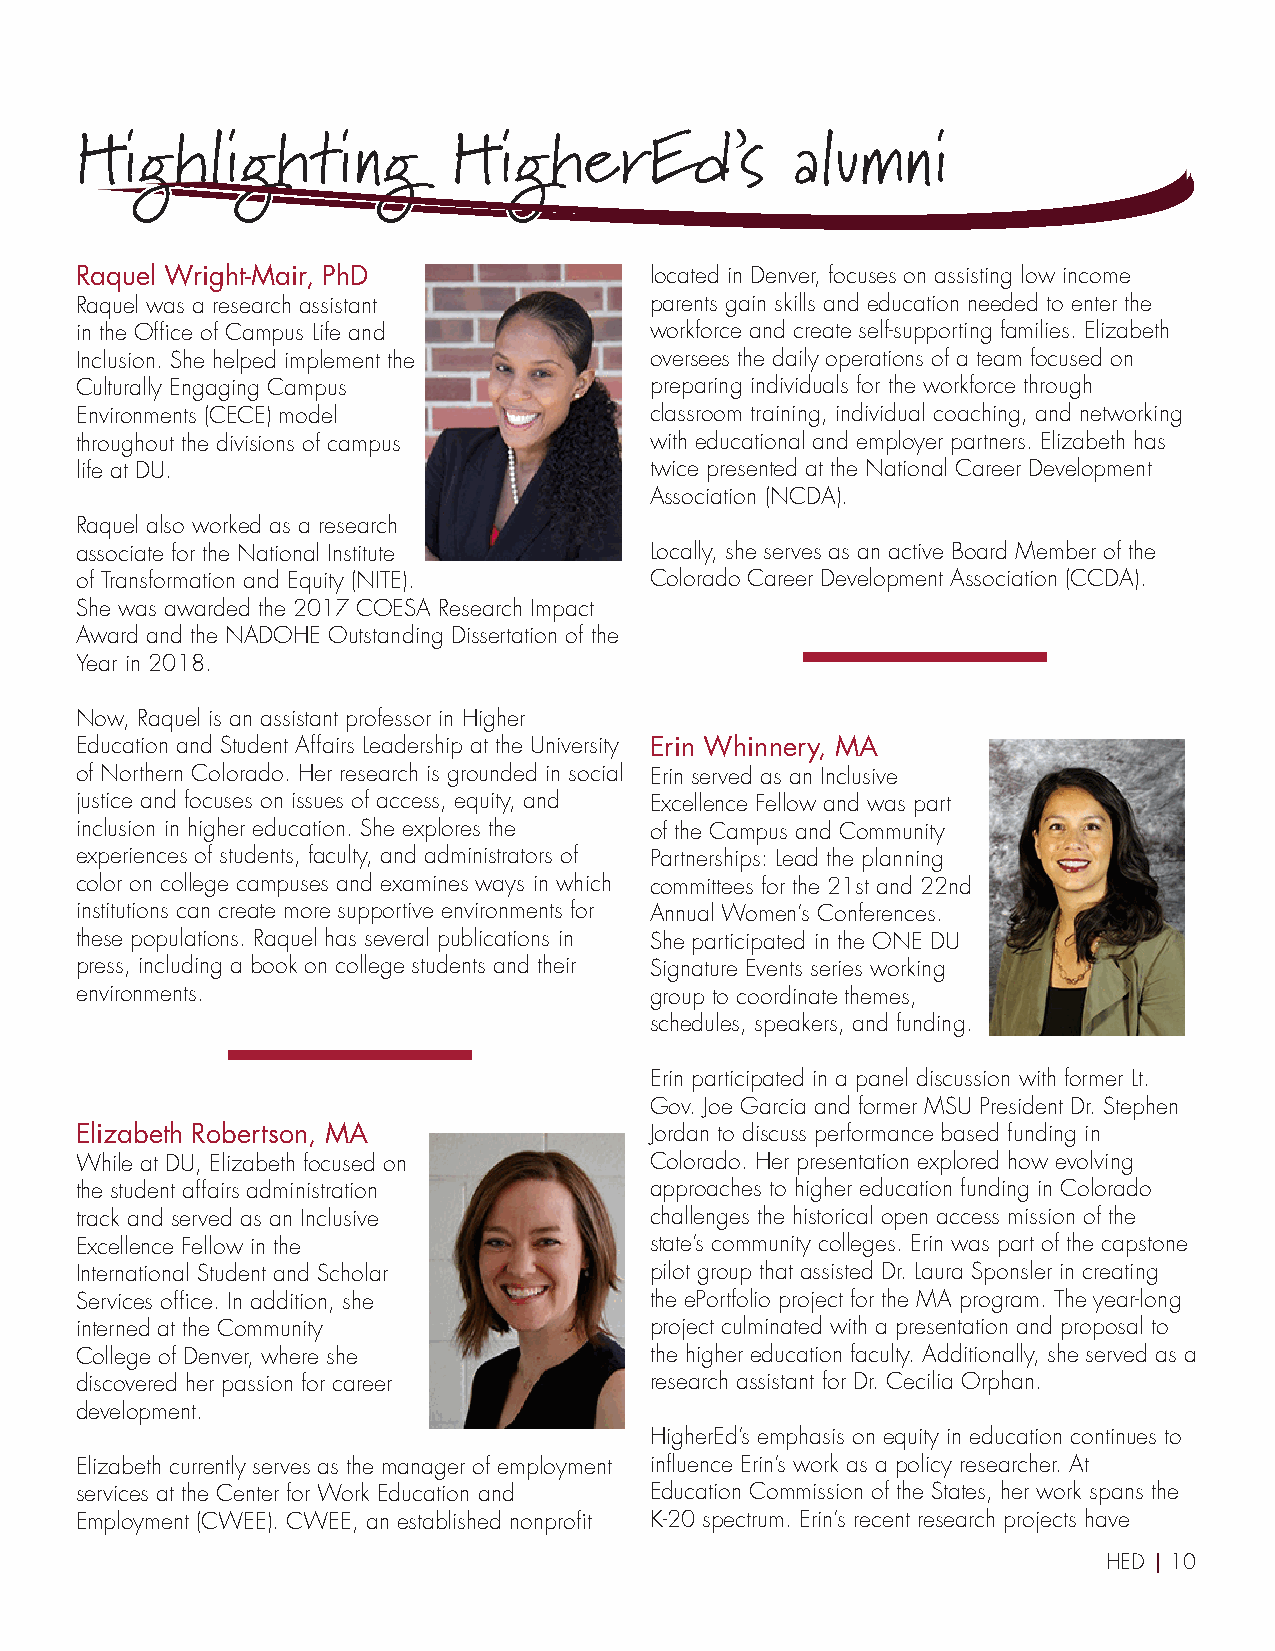
Highlighting             HigherEd’s            alumni
 Raquel Wright-Mair, PhD               located in Denver, focuses on assisting low income
 Raquel was a research assistant       parents gain skills and education needed to enter the
 in the Office of Campus Life and      workforce and create self-supporting families. Elizabeth
 Inclusion. She helped implement the   oversees the daily operations of a team focused on
 Culturally Engaging Campus            preparing individuals for the workforce through
 Environments (CECE) model             classroom training, individual coaching, and networking
 throughout the divisions of campus    with educational and employer partners. Elizabeth has
 life at DU.                           twice presented at the National Career Development
 Association (NCDA).
 Raquel also worked as a research
 associate for the National Institute  Locally, she serves as an active Board Member of the
 of Transformation and Equity (NITE).  Colorado Career Development Association (CCDA).
 She was awarded the 2017 COESA Research Impact
 Award and the NADOHE Outstanding Dissertation of the
 Year in 2018.
 Now, Raquel is an assistant professor in Higher
 Education and Student Affairs Leadership at the University Erin Whinnery, MA
 of Northern Colorado. Her research is grounded in social Erin served as an Inclusive
 justice and focuses on issues of access, equity, and Excellence Fellow and was part
 inclusion in higher education. She explores the of the Campus and Community
 experiences of students, faculty, and administrators of Partnerships: Lead the planning
 color on college campuses and examines ways in which committees for the 21st and 22nd
 institutions can create more supportive environments for Annual Women’s Conferences.
 these populations. Raquel has several publications in She participated in the ONE DU
 press, including a book on college students and their Signature Events series working
 environments.                         group to coordinate themes,
 schedules, speakers, and funding.
 Erin participated in a panel discussion with former Lt.
 Gov. Joe Garcia and former MSU President Dr. Stephen
 Elizabeth Robertson, MA               Jordan to discuss performance based funding in
 While at DU, Elizabeth focused on     Colorado. Her presentation explored how evolving
 the student affairs administration    approaches to higher education funding in Colorado
 track and served as an Inclusive      challenges the historical open access mission of the
 Excellence Fellow in the              state’s community colleges. Erin was part of the capstone
 International Student and Scholar     pilot group that assisted Dr. Laura Sponsler in creating
 Services office. In addition, she     the ePortfolio project for the MA program. The year-long
 interned at the Community             project culminated with a presentation and proposal to
 College of Denver, where she          the higher education faculty. Additionally, she served as a
 discovered her passion for career     research assistant for Dr. Cecilia Orphan.
 development.
 HigherEd’s emphasis on equity in education continues to
 Elizabeth currently serves as the manager of employment influence Erin’s work as a policy researcher. At
 services at the Center for Work Education and Education Commission of the States, her work spans the
 Employment (CWEE). CWEE, an established nonprofit K-20 spectrum. Erin’s recent research projects have
 HED | 10